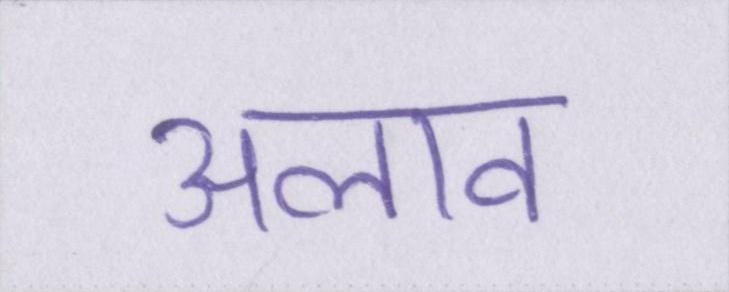
अलाव